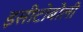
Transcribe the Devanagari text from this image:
इसीटोबोली